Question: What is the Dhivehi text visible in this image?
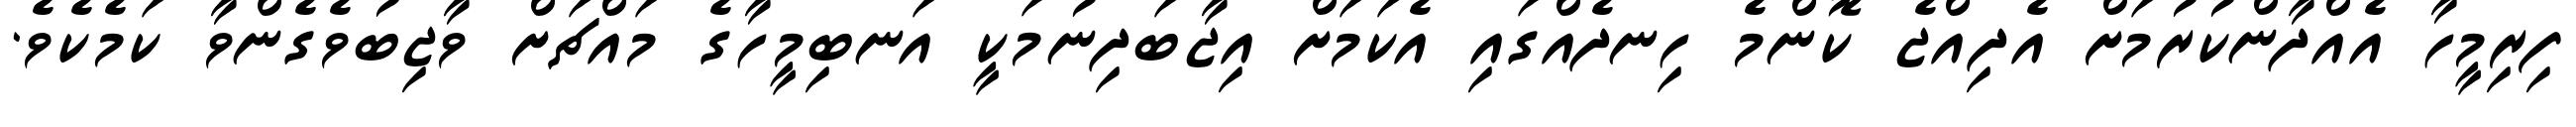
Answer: ފިރިމީހާ އެއްދާންކުރުމަށް އެދިއްޖެ ކޮންމެ ހިނދެއްގައި އެކަމަށް އިޖާބަދިނުމަކީ އަނބިމީހާގެ މައްޗަށް ވާޖިބުވެގެންވާ ކަމެކެވެ.